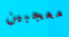
معجبين